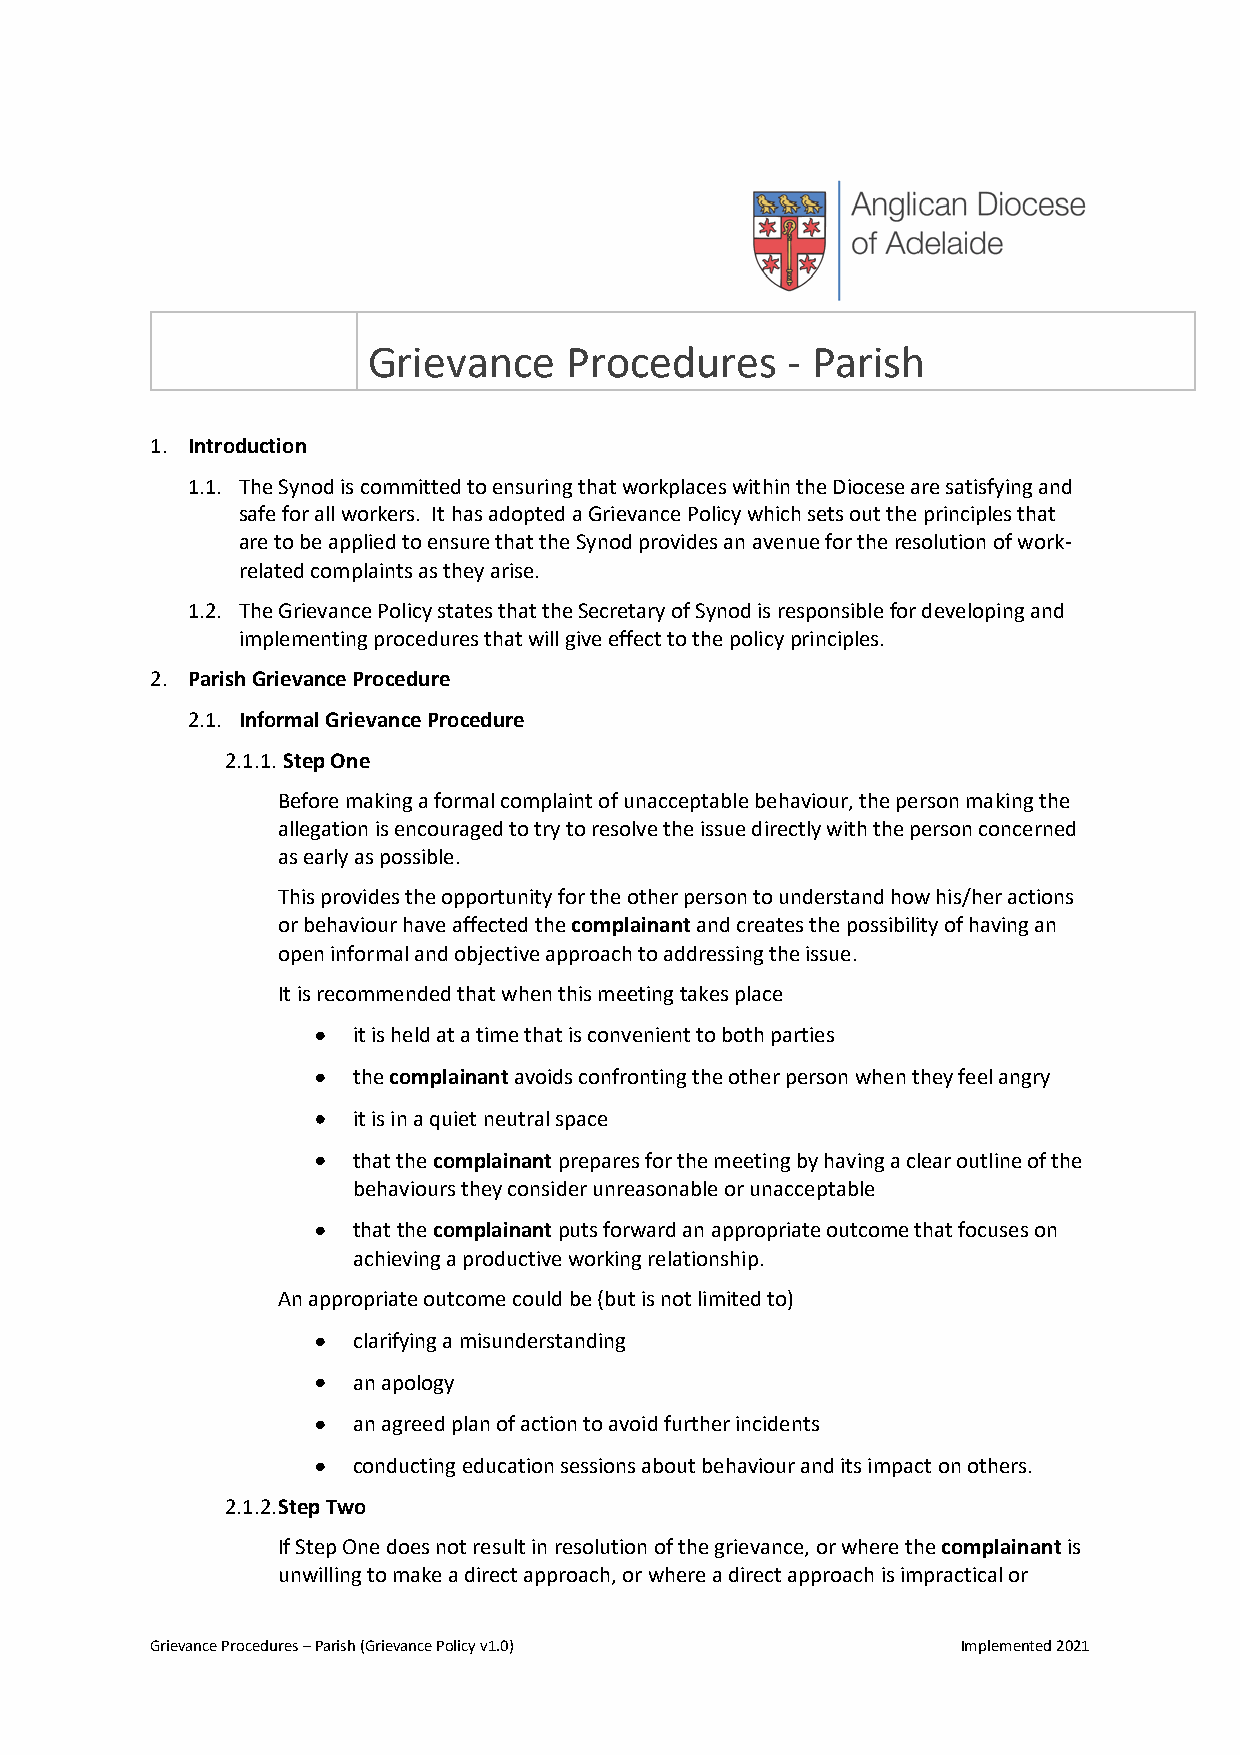
Grievance    Procedures     - Parish
 1. Introduction
 1.1. The Synod is committed to ensuring that workplaces within the Diocese are satisfying and
 safe for all workers. It has adopted a Grievance Policy which sets out the principles that
 are to be applied to ensure that the Synod provides an avenue for the resolution of work-
 related complaints as they arise.
 1.2. The Grievance Policy states that the Secretary of Synod is responsible for developing and
 implementing procedures that will give effect to the policy principles.
 2. Parish Grievance Procedure
 2.1. Informal Grievance Procedure
 2.1.1. Step One
 Before making a formal complaint of unacceptable behaviour, the person making the
 allegation is encouraged to try to resolve the issue directly with the person concerned
 as early as possible.
 This provides the opportunity for the other person to understand how his/her actions
 or behaviour have affected the complainant and creates the possibility of having an
 open informal and objective approach to addressing the issue.
 It is recommended that when this meeting takes place
 it is held at a time that is convenient to both parties
 the complainant avoids confronting the other person when they feel angry
 it is in a quiet neutral space
 that the complainant prepares for the meeting by having a clear outline of the
 behaviours they consider unreasonable or unacceptable
 that the complainant puts forward an appropriate outcome that focuses on
 achieving a productive working relationship.
 An appropriate outcome could be (but is not limited to)
 clarifying a misunderstanding
 an apology
 an agreed plan of action to avoid further incidents
 conducting education sessions about behaviour and its impact on others.
 2.1.2. Step Two
 If Step One does not result in resolution of the grievance, or where the complainant is
 unwilling to make a direct approach, or where a direct approach is impractical or
 Grievance Procedures – Parish (Grievance Policy v1.0) Implemented 2021